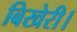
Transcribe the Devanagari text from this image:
बिखेरी।